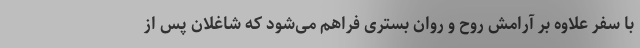
با سفر علاوه بر آرامش روح و روان بستری فراهم می‌شود که شاغلان پس از